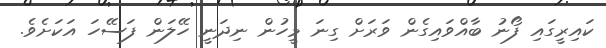
ކައިރީގައި ފޯނު ބާއްވައިގެން ވަރަށް ގިނަ މީހުން ނިދަނީ ހޭލަން ފަސޭހަ އަކަށެވެ.